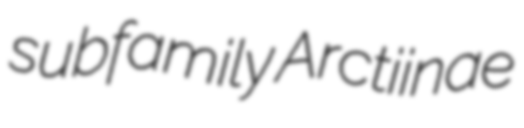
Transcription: subfamily Arctiinae